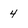
Character: 4